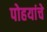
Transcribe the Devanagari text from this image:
पोहयांचे